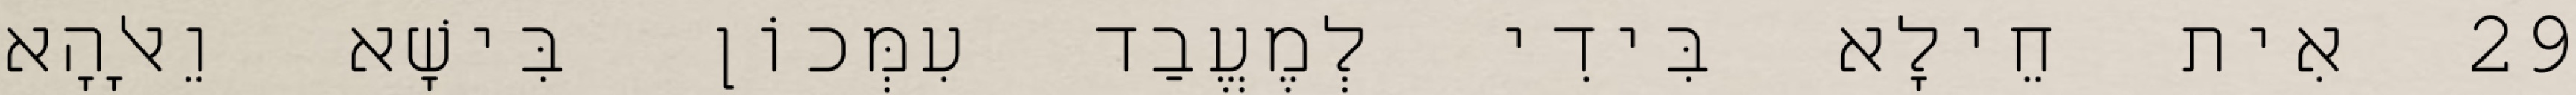
29 אִית חֵילָא בִּידִי לְמֶעֱבַד עִמְּכוֹן בִּישָׁא וֵאלָהָא